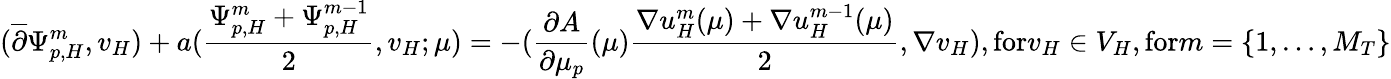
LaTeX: (\overline{{\partial}}\Psi_{p,H}^{m},v_{H})+a(\frac{\Psi_{p,H}^{m}+\Psi_{p,H}^{m-1}}{2},v_{H};\mu)=-(\frac{\partial A}{\partial\mu_{p}}(\mu)\frac{\nabla u_{H}^{m}(\mu)+\nabla u_{H}^{m-1}(\mu)}{2},\nabla v_{H}),\textrm{for}v_{H}\in V_{H},\textrm{for}m=\{ 1,\dots,M_{T}\}